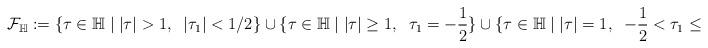
LaTeX: \begin{align*} \mathcal{F}_{\mathbb{H}}:=\{\tau \in \mathbb{H} \; | \; |\tau|>1, \;\; |\tau_1|<1/2\}\cup\{\tau \in \mathbb{H} \; | \; |\tau|\geq 1, \;\; \tau_1=-\frac{1}{2}\}\cup \{\tau \in \mathbb{H} \; | \; |\tau|=1, \;\; -\frac{1}{2}<\tau_1\leq 0\}\,.\end{align*}